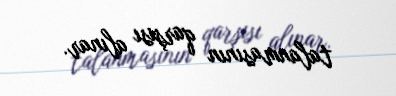
talanmasının qarşısı alınar.